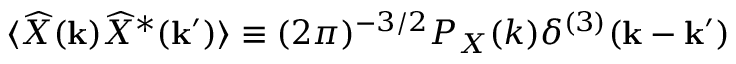
\langle \widehat X ( { \bf k } ) \widehat X ^ { * } ( { \bf k ^ { \prime } } ) \rangle \equiv ( 2 \pi ) ^ { - 3 / 2 } { \cal P } _ { X } ( k ) \delta ^ { ( 3 ) } ( { \bf k } - { \bf k } ^ { \prime } )